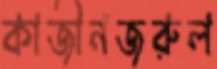
কাজীনজরুল